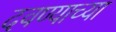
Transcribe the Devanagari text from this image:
दवण्याच्या